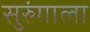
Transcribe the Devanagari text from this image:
सुरुंगाला